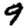
Digit: 9